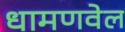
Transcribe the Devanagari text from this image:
धामणवेल